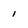
Character: i